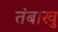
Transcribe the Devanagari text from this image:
तंबाखु